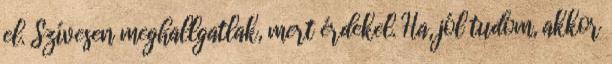
el. Szívesen meghallgatlak, mert érdekel. Ha, jól tudom, akkor